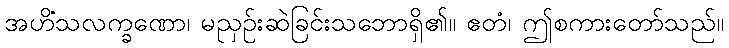
အဟိံသလက္ခဏော၊ မညှဉ်းဆဲခြင်းသဘောရှိ၏။ ဧတံ၊ ဤစကားတော်သည်။